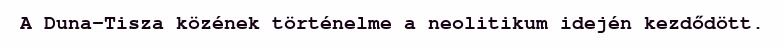
A Duna–Tisza közének történelme a neolitikum idején kezdődött.